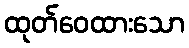
ထုတ်ဝေထားသော